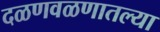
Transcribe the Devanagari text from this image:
दळणवळणातल्या